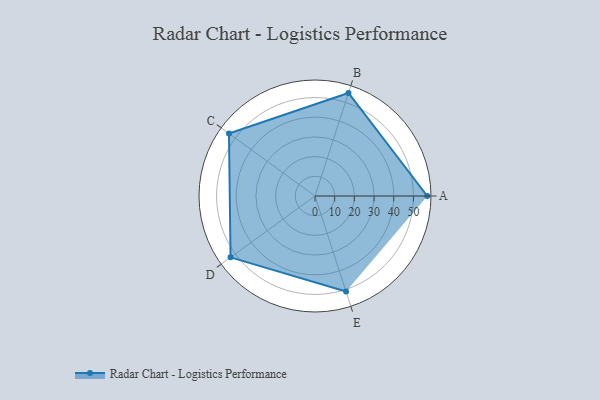
{"axis": {"x": "Skill", "y": "Score"}, "legend": ["Profile"], "data": [{"x": "A", "y": 57.0, "type": "Profile"}, {"x": "B", "y": 55.0, "type": "Profile"}, {"x": "C", "y": 54.0, "type": "Profile"}, {"x": "D", "y": 53.0, "type": "Profile"}, {"x": "E", "y": 51.0, "type": "Profile"}]}